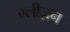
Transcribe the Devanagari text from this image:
ग्लीज़न